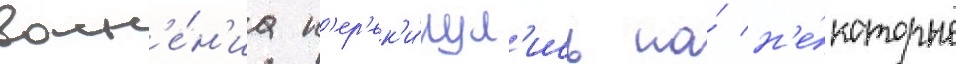
волн'е́н'иа п'ер'ек'и́нул'ись на́ н'е́которые